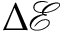
\Delta \mathcal { E }